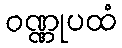
ဝဏ္ဏုပထံ